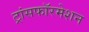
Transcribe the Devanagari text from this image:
ट्रांसफॉरमेशन